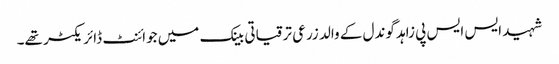
شہید ایس ایس پی زاہد گوندل کے والد زرعی ترقیاتی بینک میں جوائنٹ ڈائریکٹر تھے۔